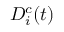
D _ { i } ^ { c } ( t )